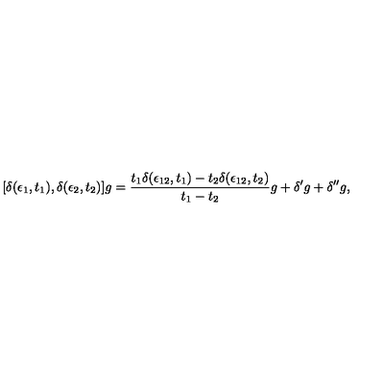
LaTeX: [ \delta ( \epsilon _ { 1 } , t _ { 1 } ) , \delta ( \epsilon _ { 2 } , t _ { 2 } ) ] g = { \frac { t _ { 1 } \delta ( \epsilon _ { 1 2 } , t _ { 1 } ) - t _ { 2 } \delta ( \epsilon _ { 1 2 } , t _ { 2 } ) } { t _ { 1 } - t _ { 2 } } } g + \delta ^ { \prime } g + \delta ^ { \prime \prime } g ,